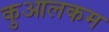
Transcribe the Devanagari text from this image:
कुआलकम